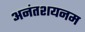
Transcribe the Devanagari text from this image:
अनंतशयनम